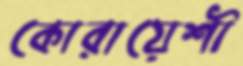
কোরায়েশী